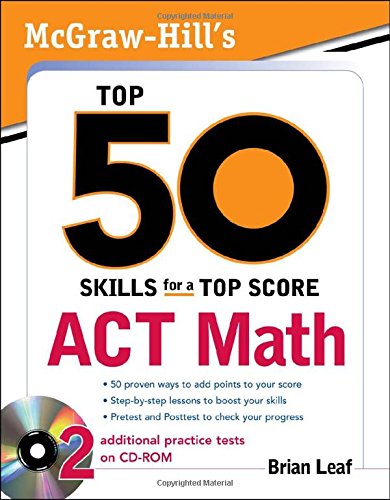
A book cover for McGraw-Hill's Top 50 Skills for a Top Score: ACT Math; Brian Leaf; Test Preparation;